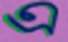
এ